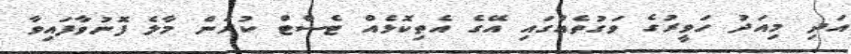
އަދި މިއަދު ހަވީރުގެ ވަގުތެއްގައި އޭގެ އެތިކޮޅެއް ޓެސްޓް ކުރަން މާލެ ފޮނުވާފައިވާ